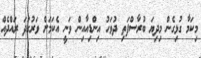
މިކަމާ ގުޅިގެން މިދިޔަ ބުރާސްފަތި ދުވަހު އިންޑިއާއިން ވަނީ އެކަމަށް ވަރުގަދަ ރައްދެއް